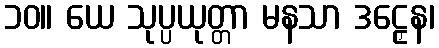
၁၀။ ယေ သုပ္ပယုတ္တာ မနသာ ဒဠှေန၊